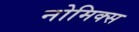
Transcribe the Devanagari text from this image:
नोमिक्स